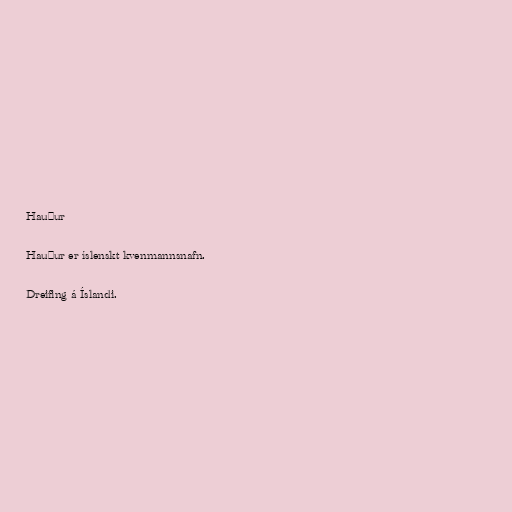
Hauður

Hauður er íslenskt kvenmannsnafn.

Dreifing á Íslandi.